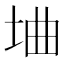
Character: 𫭭